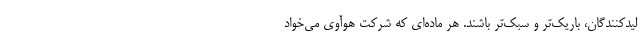
لیدکنندگان، باریک‌تر و سبک‌تر باشند. هر ماده‌ای که شرکت هوآوی می‌خواد